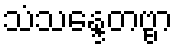
သံသန္ဒေတဗ္ဗာ